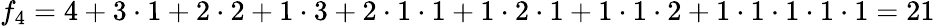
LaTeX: f_{4}=4+3\cdot 1+2\cdot 2+1\cdot 3+2\cdot 1\cdot 1+1\cdot 2\cdot 1+1\cdot 1\cdot 2+1\cdot 1\cdot 1\cdot 1\cdot 1=21